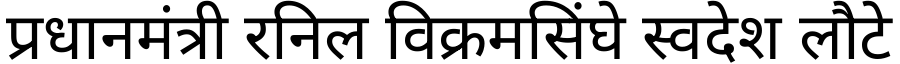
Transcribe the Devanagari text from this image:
प्रधानमंत्री रनिल विक्रमसिंघे स्वदेश लौटे